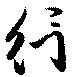
行